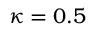
\kappa = 0 { . } 5